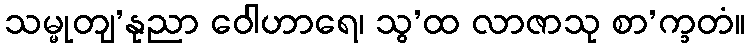
သမ္မုတျ’နုညာ ဝေါဟာရေ၊ သွ’ထ လာဇာသု စာ’က္ခတံ။